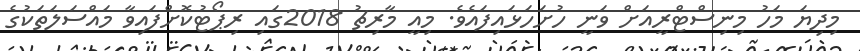
މިދިޔަ މަހު މިނިސްޓްރީއަށް ވަނީ ހުށަހަޅައިފައެވެ. މިއީ މާރިޗު 2018ގައި ރިޕޯޓުކޮށްފައިވާ މައްސަލަތަކުގެ